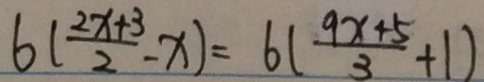
6 ( \frac { 2 x + 3 } { 2 } - x ) = 6 ( \frac { 9 x + 5 } { 3 } + 1 )